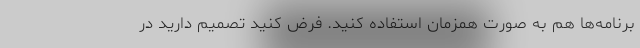
برنامه‌ها هم به صورت همزمان استفاده کنید. فرض کنید تصمیم دارید در